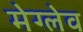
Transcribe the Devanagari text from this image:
मेग्लेव